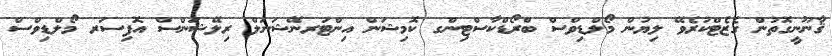
ޤާނޫނީގޮތުން ގެޒެޓްކުރެވޭ ލިޔުން މޯލްޑިވްސް ބްރޯޑްކާސްޓިންގ ކޮމިޝަން އިންޓަރނޭޝަނަލް ރިލޭޝަންސް އޮފިސަރ މޯލްޑިވްސް